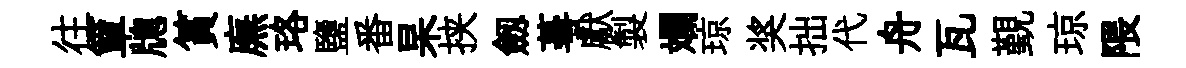
往簞牕篔廡珞鹽番杲挟劔蕚獻製斕琼奖拙代舟瓦覲琼隈